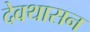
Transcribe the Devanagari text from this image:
देवथासन